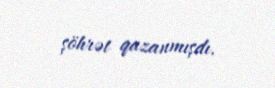
şöhrət qazanmışdı.